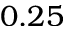
0 . 2 5